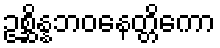
ဥစ္ဆိန္နဘဝနေတ္တိကော